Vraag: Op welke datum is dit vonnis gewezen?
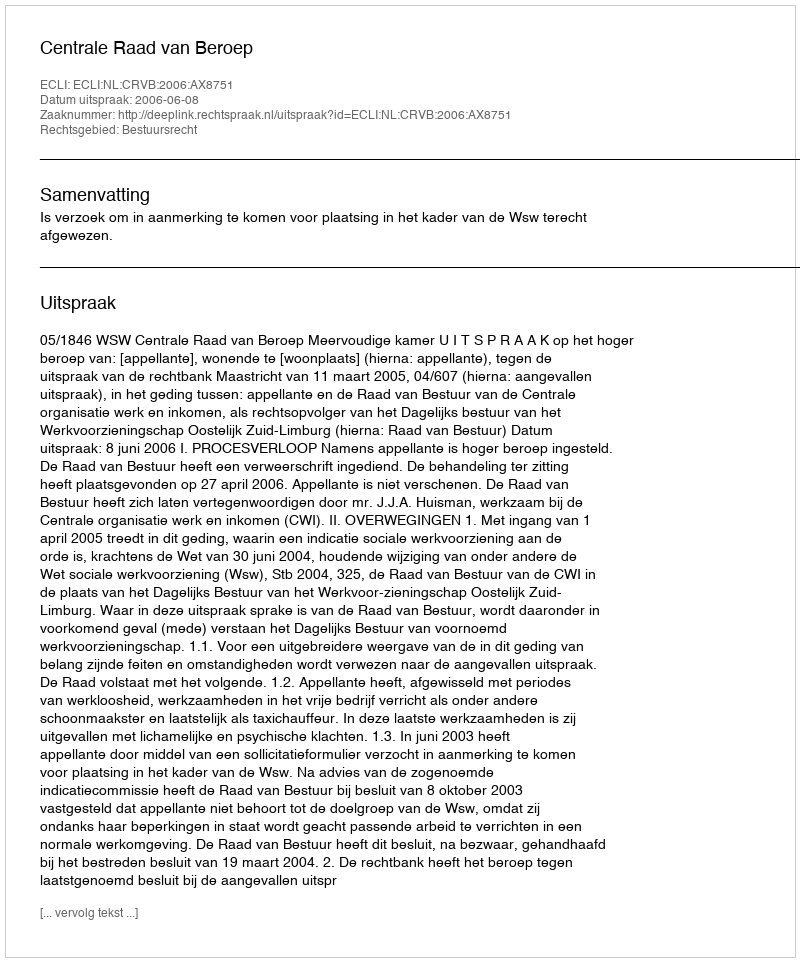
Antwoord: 2006-06-08